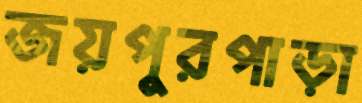
জয়পুরপাড়া